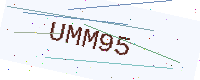
Text: UMM95